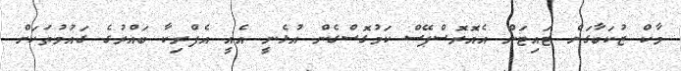
މާކް ޒުކަބާގަށް ޓައިޓަން އެއޮރޮސްޕޭސް ކަމުގޮސްގެން އުޅެނީ އެއީ އެފްރިކާ ބައްރުގެ ގައުމުތަކަށް